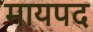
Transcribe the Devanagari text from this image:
मायपद